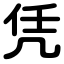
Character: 凭